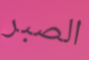
الصبر